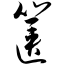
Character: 箧